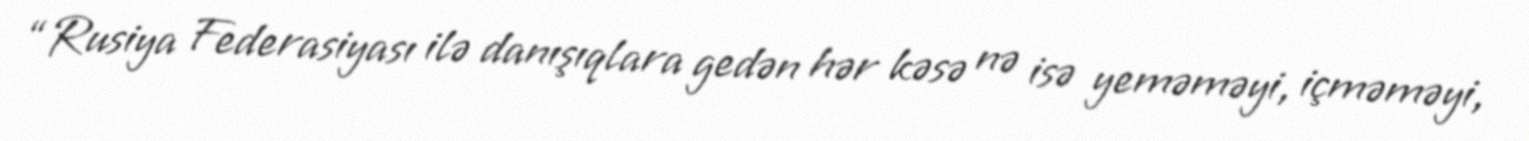
“Rusiya Federasiyası ilə danışıqlara gedən hər kəsə nə isə yeməməyi, içməməyi,